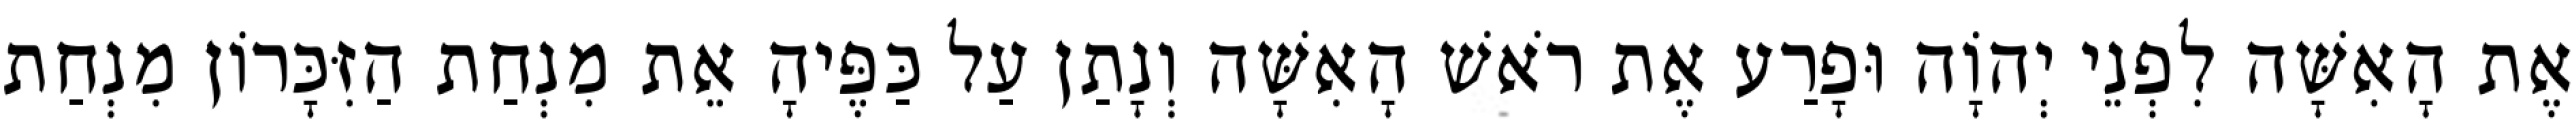
אֶת הָאִשָּׁה לִפְנֵי יְהוָֹה וּפָרַע אֶת רֹאשׁ הָאִשָּׁה וְנָתַן עַל כַּפֶּיהָ אֵת מִנְחַת הַזִּכָּרוֹן מִנְחַת